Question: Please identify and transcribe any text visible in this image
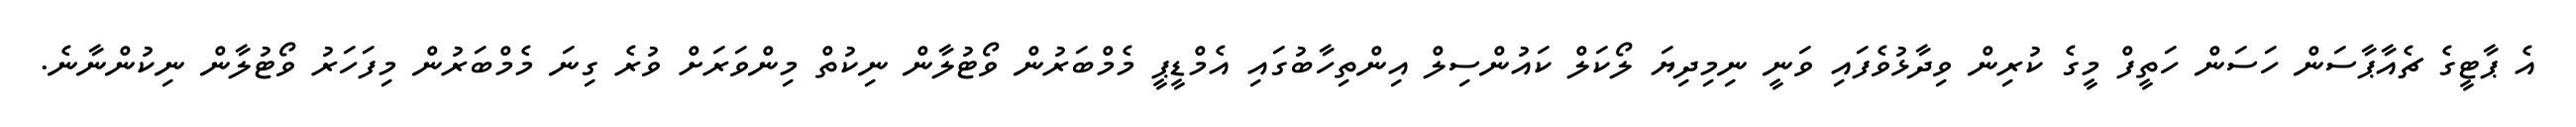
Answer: އެ ޕާޓީގެ ޗެއާޕާސަން ހަސަން ހަތީފް މީގެ ކުރިން ވިދާޅުވެފައި ވަނީ ނިމިދިޔަ ލޯކަލް ކައުންސިލް އިންތިހާބުގައި އެމްޑީޕީ މެމްބަރުން ވޯޓުލާން ނިކުތް މިންވަރަށް ވުރެ ގިނަ މެމްބަރުން މިފަހަރު ވޯޓުލާން ނިކުންނާނެ.